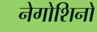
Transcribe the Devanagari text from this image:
नेगोशिनो